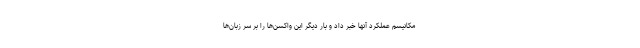
مکانیسم عملکرد آنها خبر داد و بار دیگر این واکسن‌ها را بر سر زبان‌ها